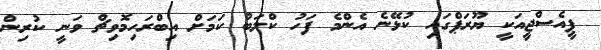
ޕީއެސްޖީއަކީ ޔޫރަޕްގައި ކުޅޭނެ އެންމެ ފަހު ކްލަބު ކަމަށް އިބްރަހިމޮވިޗް ވަނީ ކުރިން